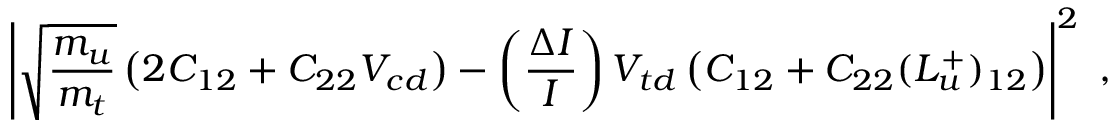
\left| \sqrt { \frac { m _ { u } } { m _ { t } } } \left( 2 C _ { 1 2 } + C _ { 2 2 } V _ { c d } \right) - \left( \frac { \Delta I } { I } \right) V _ { t d } \left( C _ { 1 2 } + C _ { 2 2 } ( L _ { u } ^ { + } ) _ { 1 2 } \right) \right| ^ { 2 } ~ ,